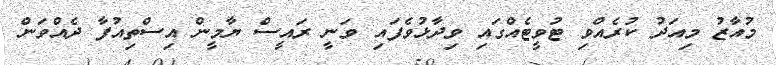
މުއާޒު މިއަދު ކުރެއްވި ޓުވީޓެއްގައި ވިދާޅުވެފައި ވަނީ ރައީސް ޔާމީން އިސްތިއުފާ ދެއްވަން